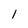
Character: l